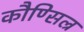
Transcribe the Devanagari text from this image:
कौण्सिल्र